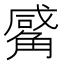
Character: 觱